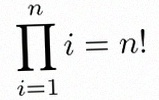
\prod_{i=1}^{n}i=n!